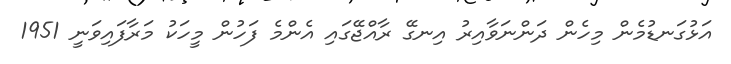
އަޅުގަނޑުމެން މިހެން ދަންނަވާއިރު އިނގޭ ރާއްޖޭގައި އެންމެ ފަހުން މީހަކު މަރާފައިވަނީ 1951